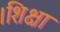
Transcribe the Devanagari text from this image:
।शिक्षा